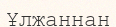
Ұлжаннан